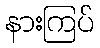
နားကြပ်